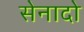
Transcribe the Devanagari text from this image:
सेनादो